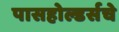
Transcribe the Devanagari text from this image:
पासहोल्डर्सचे